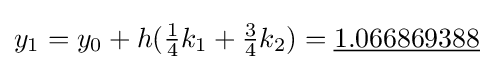
y_{1}=y_{0}+h({\tfrac {1}{4}}k_{1}+{\tfrac {3}{4}}k_{2})={\underline {1.066869388}}